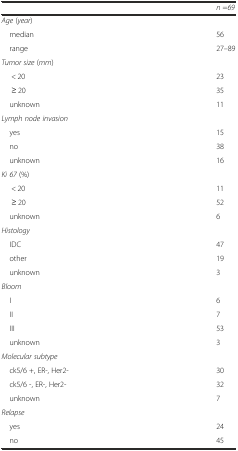
<table><thead><tr><td></td><td><b><i>n</i> =<i>69</i></b></td></tr></thead><tbody><tr><td colspan="2"><i>Age</i> (<i>year</i>)</td></tr><tr><td> median</td><td>56</td></tr><tr><td> range</td><td>27–89</td></tr><tr><td colspan="2"><i>Tumor size</i> (<i>mm</i>)</td></tr><tr><td>&lt; 20</td><td>23</td></tr><tr><td>≥ 20</td><td>35</td></tr><tr><td> unknown</td><td>11</td></tr><tr><td colspan="2"><i>Lymph node invasion</i></td></tr><tr><td> yes</td><td>15</td></tr><tr><td> no</td><td>38</td></tr><tr><td> unknown</td><td>16</td></tr><tr><td colspan="2"><i>Ki 67</i> (%)</td></tr><tr><td>&lt; 20</td><td>11</td></tr><tr><td>≥ 20</td><td>52</td></tr><tr><td> unknown</td><td>6</td></tr><tr><td colspan="2"><i>Histology</i></td></tr><tr><td> IDC</td><td>47</td></tr><tr><td> other</td><td>19</td></tr><tr><td> unknown</td><td>3</td></tr><tr><td colspan="2"><i>Bloom</i></td></tr><tr><td> I</td><td>6</td></tr><tr><td> II</td><td>7</td></tr><tr><td> III</td><td>53</td></tr><tr><td> unknown</td><td>3</td></tr><tr><td colspan="2"><i>Molecular subtype</i></td></tr><tr><td> ck5/6 +, ER-, Her2-</td><td>30</td></tr><tr><td> ck5/6 -, ER-, Her2-</td><td>32</td></tr><tr><td> unknown</td><td>7</td></tr><tr><td colspan="2"><i>Relapse</i></td></tr><tr><td> yes</td><td>24</td></tr><tr><td> no</td><td>45</td></tr></tbody></table>